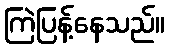
ကြဲပြန့်နေသည်။